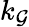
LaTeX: k_{\mathcal{G}}